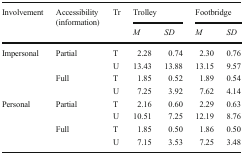
| <ROWSPAN=2> Involvement | <ROWSPAN=2> Accessibility (information) | <ROWSPAN=2> Tr | <COLSPAN=2> Trolley | <COLSPAN=2> Footbridge |
 | M | SD | M | SD |
 | --- | --- | --- | --- | --- | --- | --- |
 | <ROWSPAN=4> Impersonal | <ROWSPAN=2> Partial | T | 2.28 | 0.74 | 2.30 | 0.76 |
 | U | 13.43 | 13.88 | 13.15 | 9.57 |
 | <ROWSPAN=2> Full | T | 1.85 | 0.52 | 1.89 | 0.54 |
 | U | 7.25 | 3.92 | 7.62 | 4.14 |
 | <ROWSPAN=4> Personal | <ROWSPAN=2> Partial | T | 2.16 | 0.60 | 2.29 | 0.63 |
 | U | 10.51 | 7.25 | 12.19 | 8.76 |
 | <ROWSPAN=2> Full | T | 1.85 | 0.50 | 1.86 | 0.50 |
 | U | 7.15 | 3.53 | 7.25 | 3.48 |